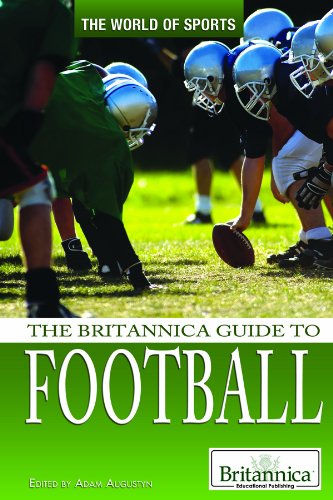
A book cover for The Britannica Guide to Football (The World of Sports); Teen & Young Adult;